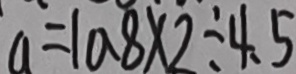
a = 1 0 . 8 \times 2 \div 4 . 5